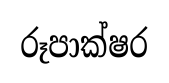
රූපාක්ෂර